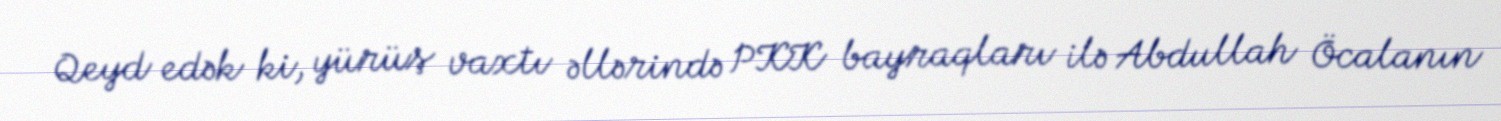
Qeyd edək ki, yürüş vaxtı əllərində PKK bayraqları ilə Abdullah Öcalanın